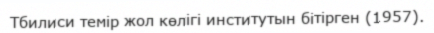
Тбилиси темір жол көлігі институтын бітірген (1957).